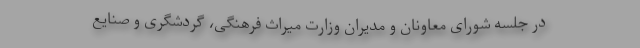
در جلسه شورای معاونان و مدیران وزارت میراث ‌فرهنگی، گردشگری و صنایع